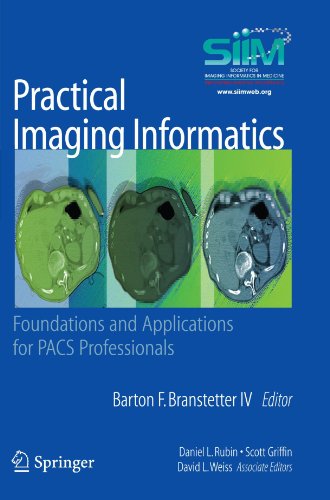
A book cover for Practical Imaging Informatics: Foundations and Applications for PACS Professionals; Computers & Technology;